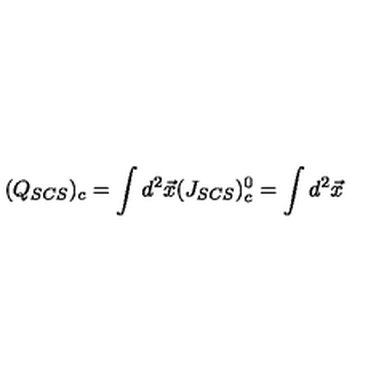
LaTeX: ( Q _ { S C S } ) _ { c } = \int d ^ { 2 } \vec { x } ( J _ { S C S } ) _ { c } ^ { 0 } = \int d ^ { 2 } \vec { x }